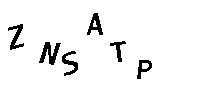
ZNSATP